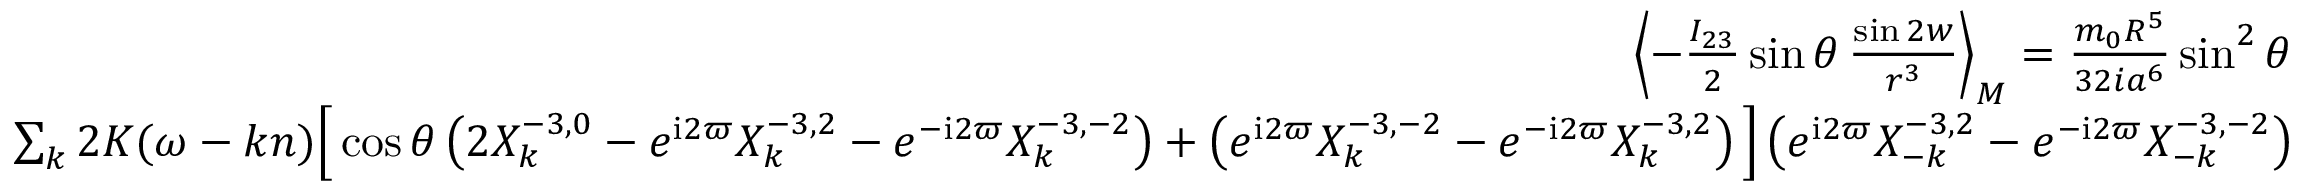
\begin{array} { r l r } { \left\langle - \frac { I _ { 2 3 } } { 2 } \sin \theta \, \frac { \sin 2 w } { r ^ { 3 } } \right\rangle _ { M } = \frac { m _ { 0 } R ^ { 5 } } { 3 2 i a ^ { 6 } } \sin ^ { 2 } \theta } & { } & \\ { \sum _ { k } 2 K ( \omega - k n ) \Big [ \cos \theta \left( 2 X _ { k } ^ { - 3 , 0 } - e ^ { \mathrm { i } 2 \varpi } X _ { k } ^ { - 3 , 2 } - e ^ { - \mathrm { i } 2 \varpi } X _ { k } ^ { - 3 , - 2 } \right) + \left( e ^ { \mathrm { i } 2 \varpi } X _ { k } ^ { - 3 , - 2 } - e ^ { - \mathrm { i } 2 \varpi } X _ { k } ^ { - 3 , 2 } \right) \Big ] \left( e ^ { \mathrm { i } 2 \varpi } X _ { - k } ^ { - 3 , 2 } - e ^ { - \mathrm { i } 2 \varpi } X _ { - k } ^ { - 3 , - 2 } \right) } \end{array}